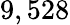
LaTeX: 9,528